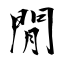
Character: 閒